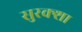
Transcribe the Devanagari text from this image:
सुरक्शा